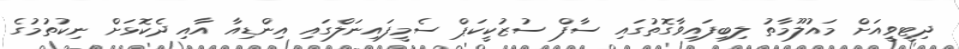
ދިޓީވީއަށް މައުލޫމާތު ލިބިފައިވާގޮތުގައި ސާފް ސުޒުކީކަޕް ސެމީފައިނަލްގައި އިންޑިއާ އާއި ދެކޮޅަށް ނިކުތުމުގެ